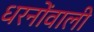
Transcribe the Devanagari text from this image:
धरनोंवाली